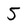
Character: 5